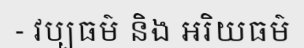
- វប្បធម៌ និង អរិយធម៌